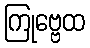
ကြုဗ္ဗေထ